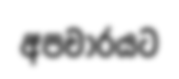
අපචාරයට